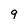
Character: 9